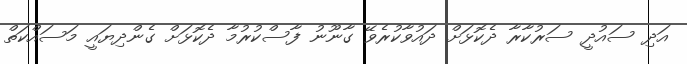
އަދި ސައުދީ ސަރުކާރާ ދެކޮޅަށް ދައުވާކުރެވޭ ގާނޫނު ފާސްކުރުމާ ދެކޮޅަށް ގެންދިޔައީ މަސައްކަތް